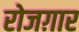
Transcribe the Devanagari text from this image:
रोजग़ार